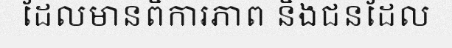
ដែលមានពិការភាព និងជនដែល